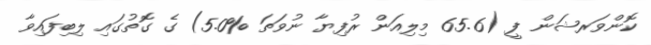
ކޮންވަރޝަން ފީ (65.6 މިލިއަން ރުފިޔާ ނުވަތަ %5.0) ގެ ގޮތުގައި ލިބިފައިވާ